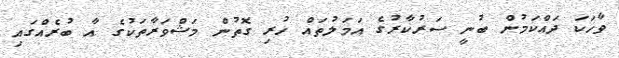
ވާހަކަ ދައްކަމުން ބުނީ ސަރުކާރުގެ އަމަލުތައް ހުރި ގޮތުން މަޝްވަރާތަކުގެ އާ ބުރެއްގައި